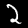
Label: 2